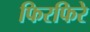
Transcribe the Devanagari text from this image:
फिरफिरे